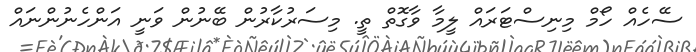
ސޭހެއް ހޯމް މިނިސްޓަރައް ލީމާ ވާގޮތް ތީ. މިސަރުކާރުން ބޭނުން ވަނީ އަންހެނުންނައް